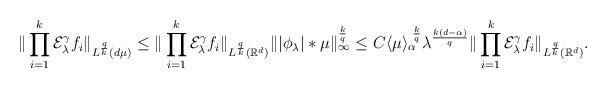
LaTeX: \begin{align*} \| \prod_{i=1}^k \mathcal E_\lambda^\gamma f_i \|_{L^{\frac qk} (d\mu)} \le \| \prod_{i=1}^k \mathcal E_\lambda^\gamma f_i \|_{L^{\frac qk} (\mathbb R^d)} \| | \phi_\lambda | \ast \mu\|^{\frac k q}_{\infty} \le C \langle \mu\rangle_\alpha^{\,\,\frac kq} \lambda^{\frac{k(d-\alpha) }q} \| \prod_{i=1}^k \mathcal E_\lambda^\gamma f_i \|_{L^{\frac q k}(\mathbb R^d)}. \end{align*}